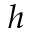
h